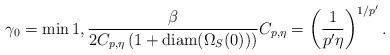
LaTeX: \begin{align*}\gamma_0 = \min{1,\frac{\beta}{2C_{p,\eta}\left(1 + \mathrm{diam} (\Omega_S(0)) \right)}} C_{p,\eta} = \left( \frac{1}{p'\eta}\right) ^{1/p'}.\end{align*}